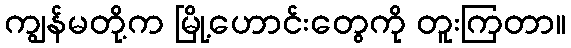
ကျွန်မတို့က မြို့ဟောင်းတွေကို တူးကြတာ။